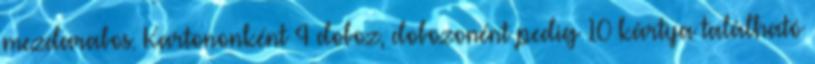
mezdarabos. Kartononként 4 doboz, dobozonént pedig 10 kártya található